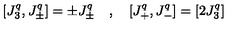
[ J _ { 3 } ^ { q } , J _ { \pm } ^ { q } ] = \pm J _ { \pm } ^ { q } \quad , \quad [ J _ { + } ^ { q } , J _ { - } ^ { q } ] = [ 2 J _ { 3 } ^ { q } ]